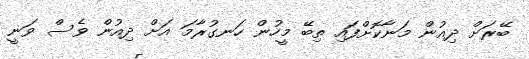
ބޭރަށް ދިއުން މަނާކޮށްފައި ތިބޭ މީހުން ހަނގުރާމަ އަށް ދިއުން ވެސް ވަނީ